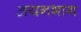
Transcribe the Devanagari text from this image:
अयनभाग